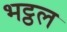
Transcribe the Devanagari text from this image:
भट्ठल